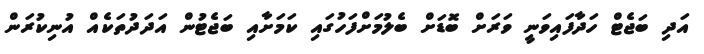
އަދި ބަޖެޓް ހަދާފައިވަނީ ވަރަށް ބޮޑަށް ބެލުމަށްފަހުގައި ކަމަށާއި ބަޖެޓުން އަދަދުތަކެއް އުނިކުރަން